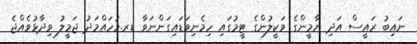
ނައިބު ރައީސް އަދި ޔާމީންގެ ވަކީލުންގެ ޓީމުގައި ހިމެނިވަޑައިގަންނަވާ ޑރ.މުހައްމަދު ޖަމީލު ވިދާޅުވެއްޖެ